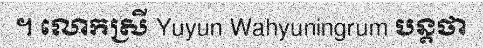
។ លោកស្រី Yuyun Wahyuningrum បន្តថា